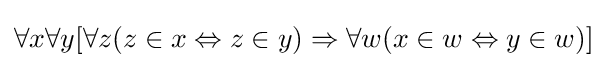
\forall x\forall y[\forall z(z\in x\Leftrightarrow z\in y)\Rightarrow \forall w(x\in w\Leftrightarrow y\in w)]